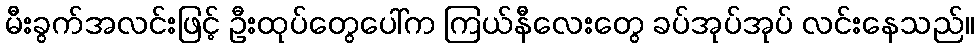
မီးခွက်အလင်းဖြင့် ဦးထုပ်တွေပေါ်က ကြယ်နီလေးတွေ ခပ်အုပ်အုပ် လင်းနေသည်။